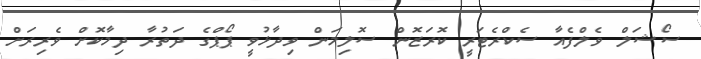
ސޯޝަލް ވެލްފެއާ ސެކްރެޓަރީ ކޮރަޒޮން ސޮލިމަން ވިދާޅުވީ ޕޯޕްގެ ދަތުރާ ދިމާކޮށް ވެރިރަށް